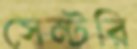
সেন্টরি